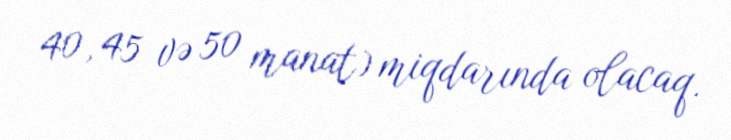
40, 45 və 50 manat) miqdarında olacaq.